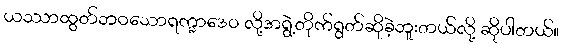
ယဿာထွတ်ဘဝသောရက္ခာဒေဝ လို့အရွဲ့တိုက်ရွတ်ဆိုခဲ့ဘူးတယ်လို့ ဆိုပါတယ်။